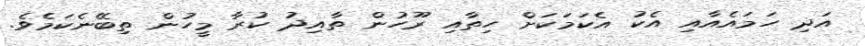
އަދި ހަމައެއާއި އެކު އެކަމަކަށް ހިތާއި ރޫހުން ތާއިދު ކުރާ މީހުން ތިބޭނެކަމެވެ.